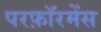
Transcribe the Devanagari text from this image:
परफ़ॉरमेंस